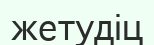
жетудіц